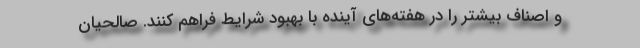
و اصناف بیشتر را در هفته‌های آینده با بهبود شرایط فراهم کنند. صالحیان